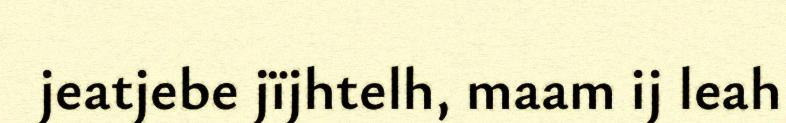
jeatjebe jïjhtelh, maam ij leah